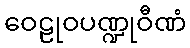
ဝေဠုဝပဏ္ဍုဝီဏံ